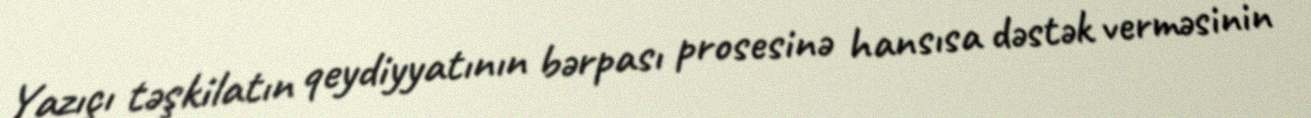
Yazıçı təşkilatın qeydiyyatının bərpası prosesinə hansısa dəstək verməsinin